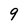
Character: q